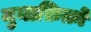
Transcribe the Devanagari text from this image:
मुनाफ़िक़ो